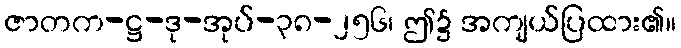
ဇာတက-ဋ္ဌ-ဒု-အုပ်-၃၈-၂၅၆၊ ဤ၌ အကျယ်ပြထား၏။